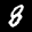
Label: 8